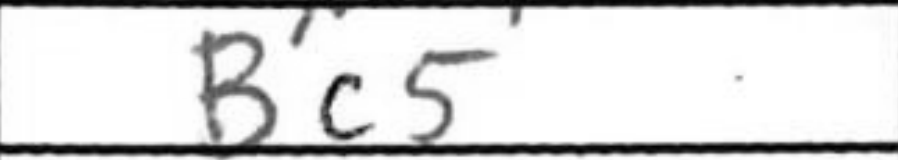
Transcription: Bc5